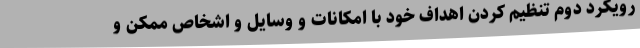
رویکرد دوم تنظیم کردن اهداف خود با امکانات و وسایل و اشخاص ممکن و